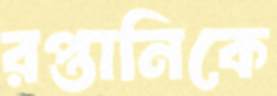
রপ্তানিকে